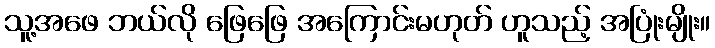
သူ့အဖေ ဘယ်လို ဖြေဖြေ အကြောင်းမဟုတ် ဟူသည့် အပြုံးမျိုး။